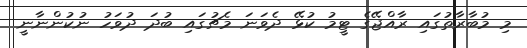
މި މުބާރާތުގައި ރާއްޖޭގެ ޓީމު ކުޅޭ ދެވަނަ މެޗުގައި ބުދަ ދުވަހު ނުކުންނާނީ